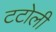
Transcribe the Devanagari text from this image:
टटोली